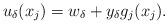
LaTeX: \begin{align*}u_{\delta}(x_{j})=w_{\delta}+y_{\delta}g_{j}(x_{j}).\end{align*}